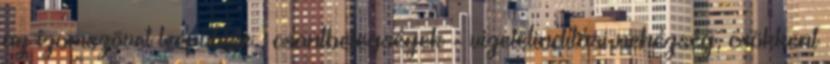
az izomszövet leépülése , csontbetegségek - vizeletindítási nehézség, csökkent